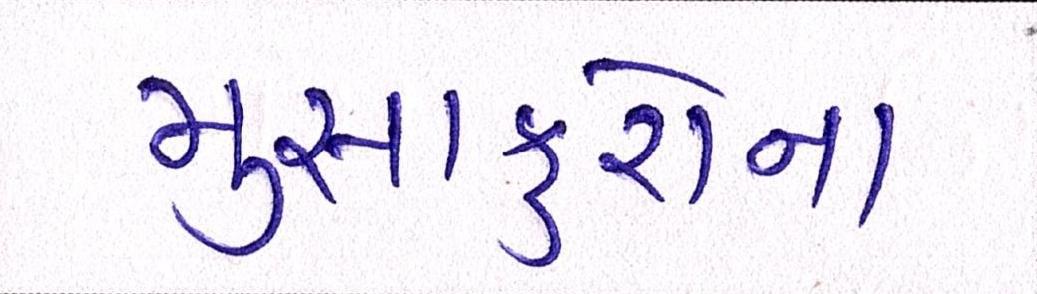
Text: મુસાફરોના